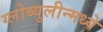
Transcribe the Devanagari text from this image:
ग्लोब्युलीन्मध्ये